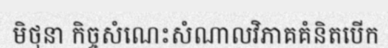
មិថុនា កិច្ចសំណេះសំណាលវិភាគគំនិតបើក